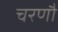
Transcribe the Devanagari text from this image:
चरणौ